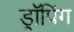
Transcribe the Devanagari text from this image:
ड्रॉपिंग